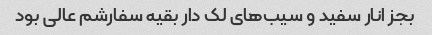
بجز انار سفید و سیب‌های لک دار بقیه سفارشم عالی بود